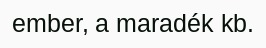
ember, a maradék kb.